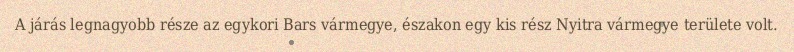
A járás legnagyobb része az egykori Bars vármegye, északon egy kis rész Nyitra vármegye területe volt.